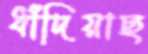
ধাঁদিয়াছ